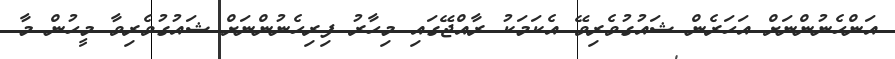
އަންހެނުންނަށް އަހަރެން ޝައުގުވެރިވޭ އެކަމަކު ރާއްޖޭގައި މިހާރު ފިރިހެނުންނަށް ޝައުގުވެރިވާ މީހުން މާ